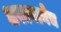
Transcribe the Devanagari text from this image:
धरल्यानेच